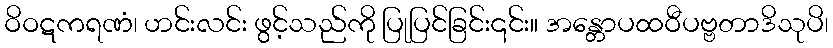
ဝိဝဋကရဏံ၊ ဟင်းလင်း ဖွင့်သည်ကို ပြုပြင်ခြင်း၎င်း။ အန္တောပထဝီပဗ္ဗတာဒိသုပိ၊